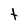
Character: t